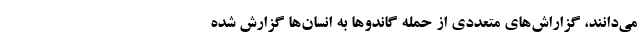
می‌دانند، گزاراش‌های متعددی از حمله گاندوها به انسان‌ها گزارش شده